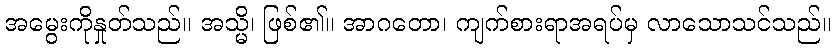
အမွေးကိုနှုတ်သည်။ အသ္မိ၊ ဖြစ်၏။ အာဂတော၊ ကျက်စားရာအရပ်မှ လာသောသင်သည်။